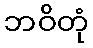
ဘဝိတုံ